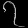
Digit: ၇